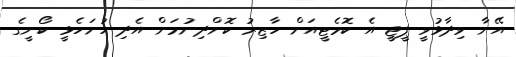
އޭނާ ވިދާޅުވީ ޕީޖީ އެ ކޮމެޓީއަށް ހާޒިރު ކޮށްދިނުމަށް އެދި ހުށަހެޅީ ކޯނީގެ